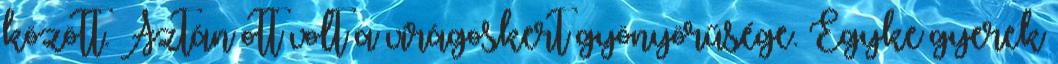
között. Aztán ott volt a virágoskert gyönyörűsége. Egyke gyerek